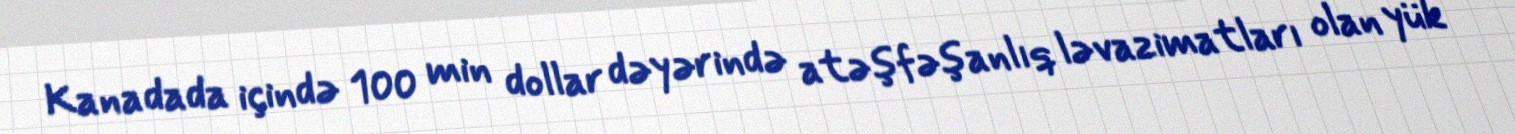
Kanadada içində 100 min dollar dəyərində atəşfəşanlıq ləvazimatları olan yük